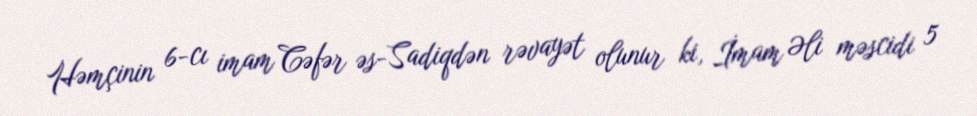
Həmçinin 6-cı imam Cəfər əs-Sadiqdən rəvayət olunur ki, İmam Əli məscidi 5